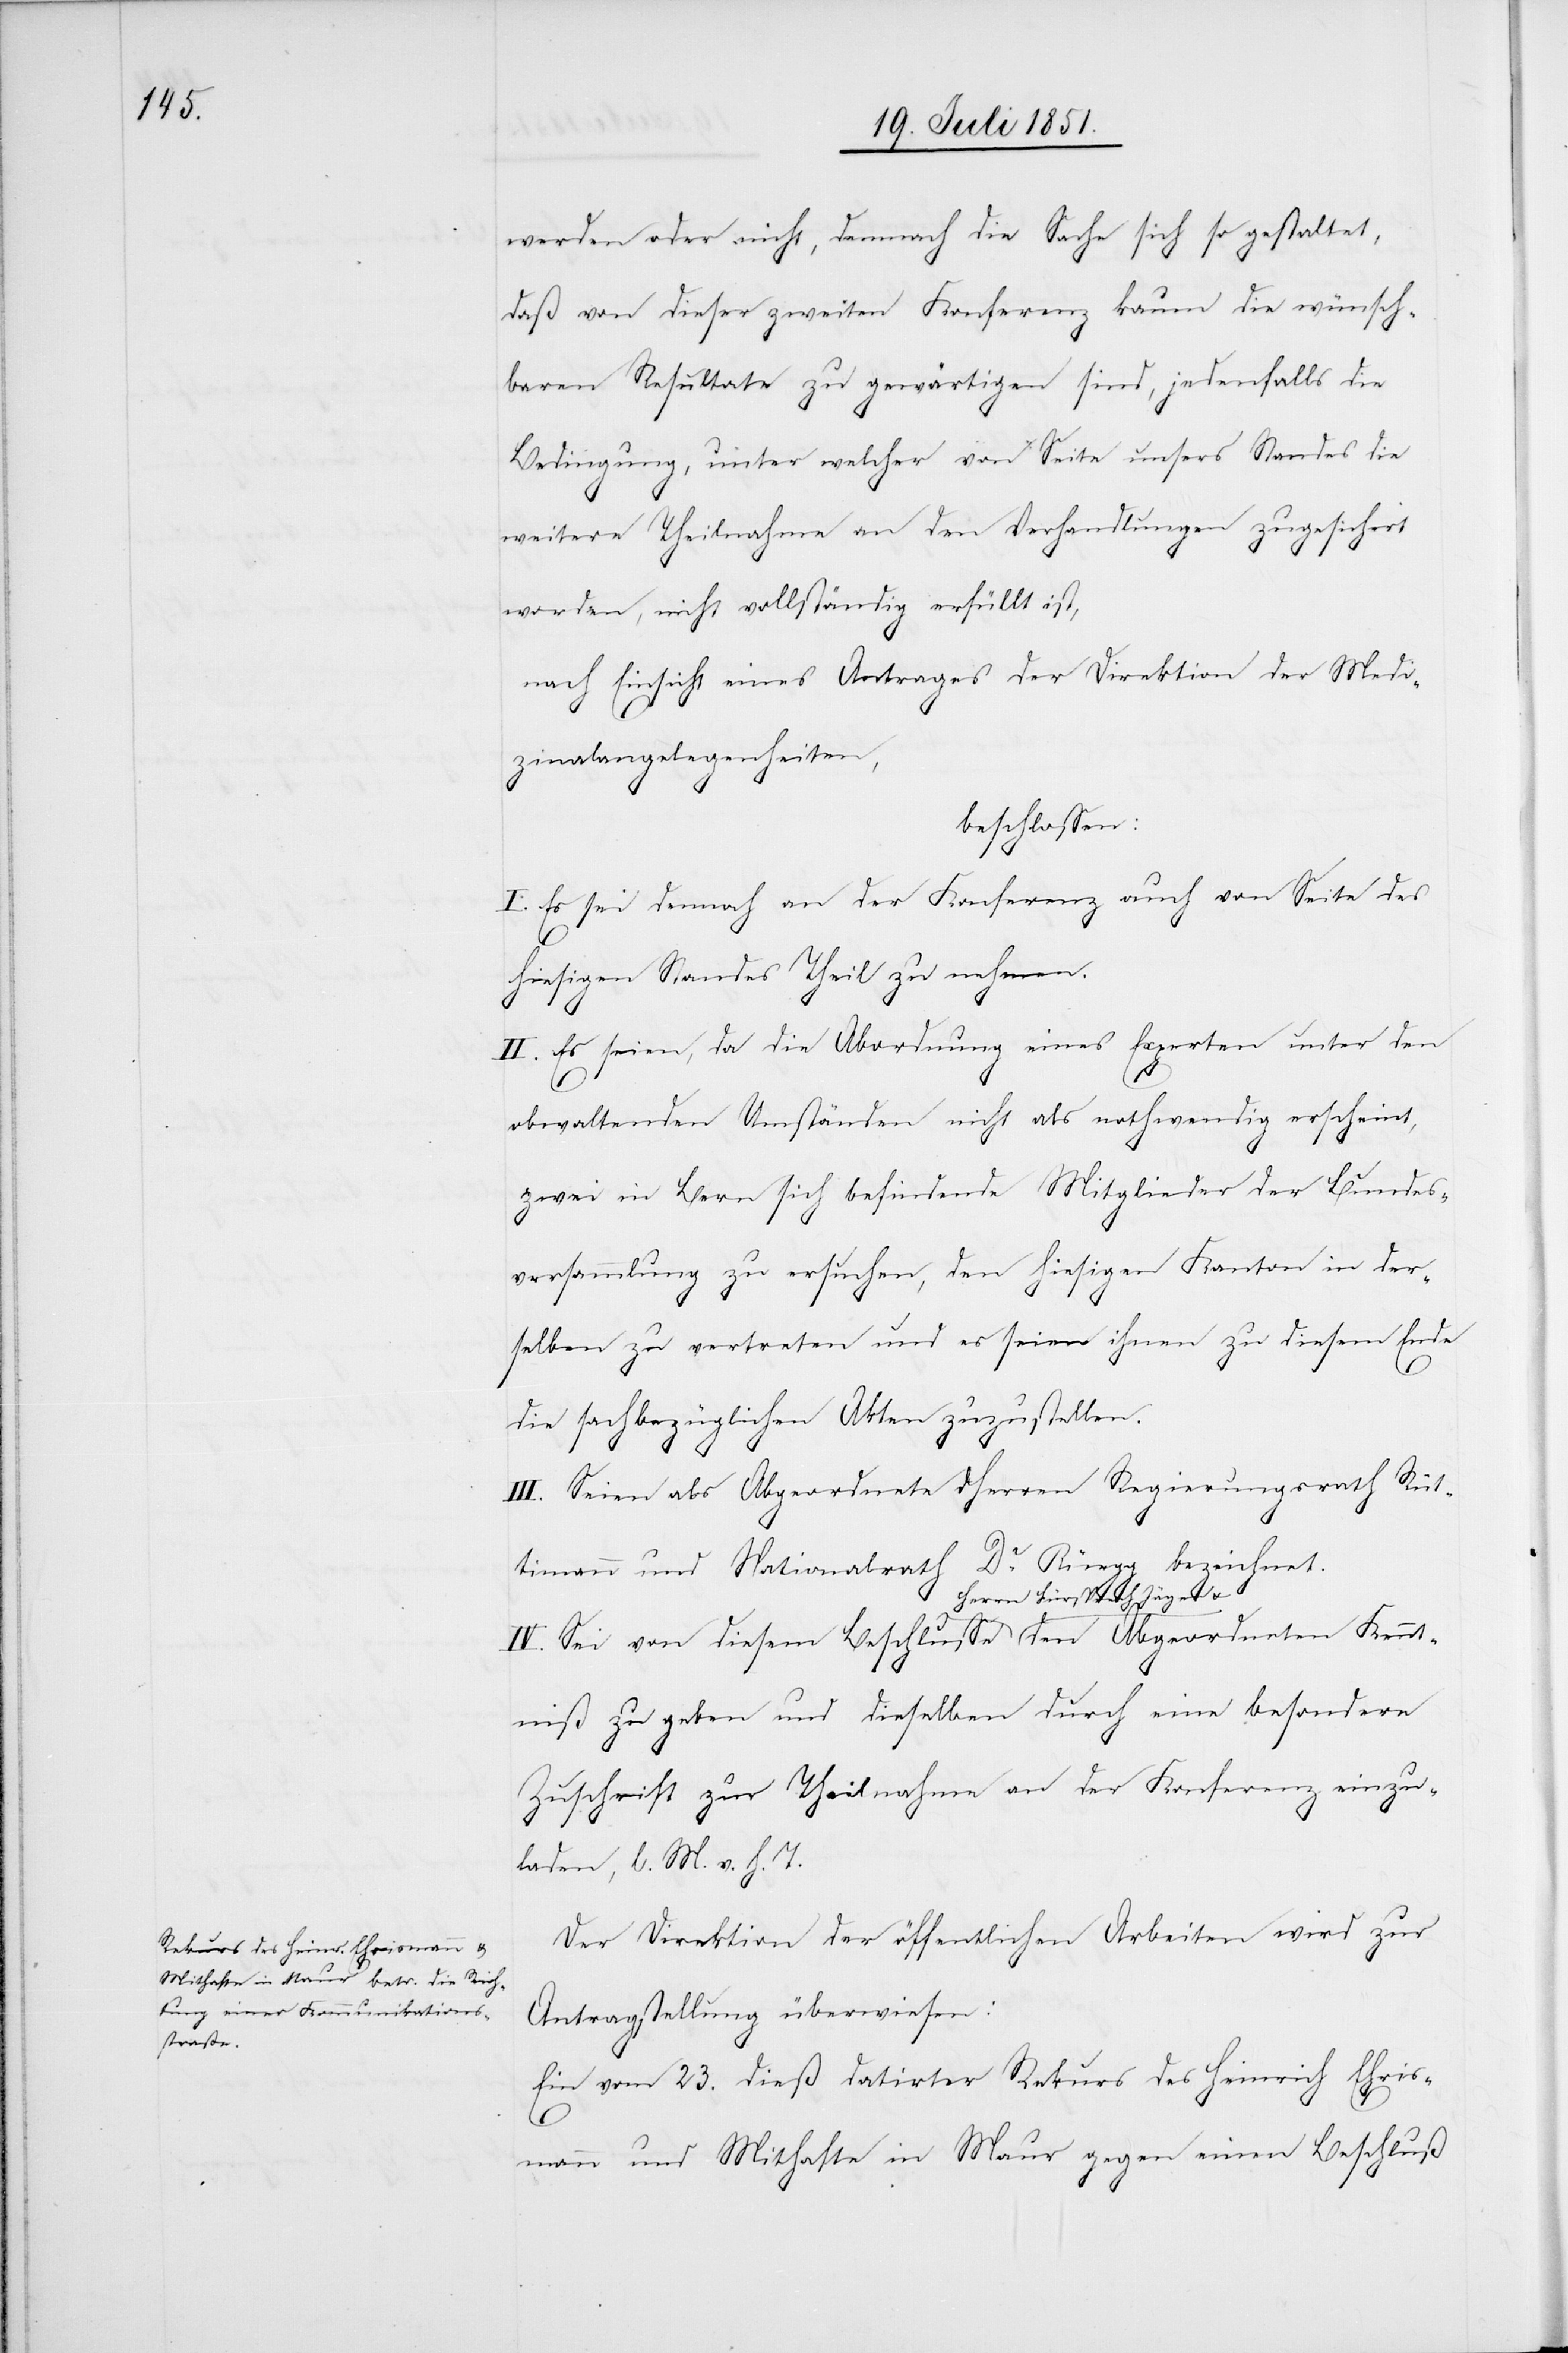
25.

werden oder nicht, demnach die Sache sich so gestaltet,
daß von dieser zweiten Konferenz kaum die wünsch¬
baren Resultate zu gewärtigen sind, jedenfalls die
Bedingung, unter welcher von Seite unsers Standes die
weitere Theilnahme an den Verhandlungen zugesichert
worden, nicht vollständig erfüllt ist,
nach Einsicht eines Antrages der Direktion der Medi¬
zinalangelegenheiten,
beschlossen:
I. Es sei demnach an der Konferenz auch von Seite des
Ken¬
hiesigen Standes Theil zu nehmen.
II. Es seien, da die Abordnung eines Experten unter den
obwaltenden Umständen nicht als nothwendig erscheint,
zwei in Bern sich befindende Mitglieder der Bundes¬
versammlung zu ersuchen, den hiesigen Kanton in der¬
selben zu vertreten und es seien ihnen zu diesem Ende
die sachbezüglichen Akten zuzustellen.
III. Seien als Abgeordnete d. Herren Regierungsrath Rüt¬
timann und Nationalrath Dr. Rüegg bezeichnet.
IV. Sei von diesem Beschlusse Herrn Fürsprech Jäger & den
ntniß zu geben und dieselben durch eine besondere
Zuschrift zur Theilnahme an der Konferenz einzu¬
laden, l. M. v. h. T.
Der Direktion der öffentlichen Arbeiten wird zur
Antragstellung überwiesen:
Ein vom 23. dieß datirter Rekurs des Heinrich Ehris¬
mann und Mithafte in Maur gegen einen Beschluß